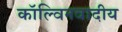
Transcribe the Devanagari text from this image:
कॉल्विनवादीय